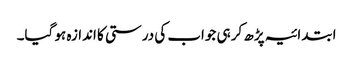
ابتدائیہ پڑھ کر ہی جواب کی درستی کا اندازہ ہو گیا۔